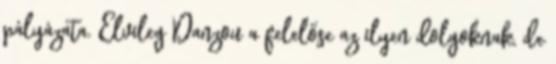
pályázata. Elvileg Danzou a felelőse az ilyen dolgoknak, de